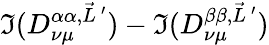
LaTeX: \Im(D_{\nu\mu}^{\alpha\alpha,\vec{L}\, ^{\prime}})-\Im(D_{\nu\mu}^{\beta\beta,\vec{L}\, ^{\prime}})